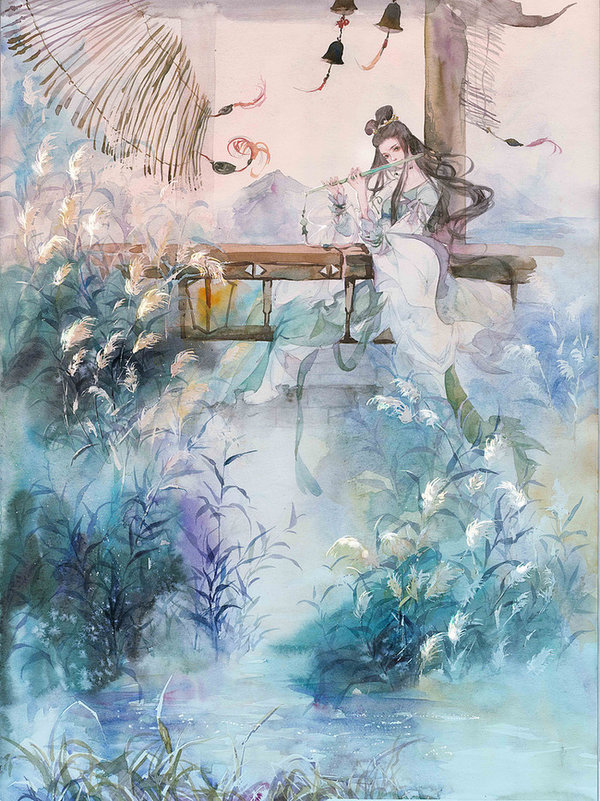
劝君莫惜金缕衣，劝君惜取少年时。